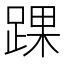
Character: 踝